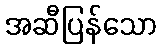
အဆီပြန်သော